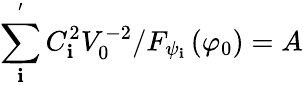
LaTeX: \sum_{\mathbf{i}}^{^{\prime}}C_{\mathbf{i}}^{2}V_{0}^{-2}/F_{\psi_{\mathbf{i}}}\left(\varphi_{0}\right)=A